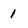
Character: 1